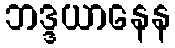
ဘဒ္ဒယာနေန